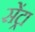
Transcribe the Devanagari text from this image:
सेंट्रा